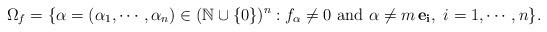
LaTeX: \begin{align*} \Omega_f=\{\alpha=(\alpha_1,\cdots,\alpha_n) \in (\mathbb{N} \cup \{0\})^n: f_{\alpha} \neq 0 \mbox{ and } \alpha \neq m \, {\bf e_i}, \ i=1,\cdots,n\}.\end{align*}